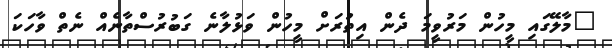
"މާލޭގައި މީހުން މަރުވީމަ ދެން އިތުރަށް މީހުން ވަޅުލާނެ ގަބުރުސްތާނެއް ނެތް ވާހަކަ